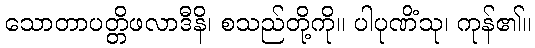
သောတာပတ္တိဖလာဒီနိ၊ စသည်တို့ကို။ ပါပုဏိံသု၊ ကုန်၏။